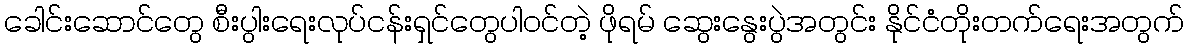
ခေါင်းဆောင်တွေ စီးပွါးရေးလုပ်ငန်းရှင်တွေပါဝင်တဲ့ ဖိုရမ် ဆွေးနွေးပွဲအတွင်း နိုင်ငံတိုးတက်ရေးအတွက်